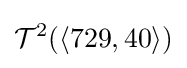
{\mathcal {T}}^{2}(\langle 729,40\rangle )